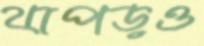
থাপড়ও